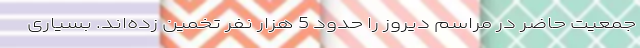
جمعیت حاضر در مراسم دیروز را حدود 5 هزار نفر تخمین زده‌اند. بسیاری